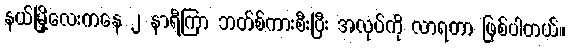
နယ်မြို့လေးကနေ ၂ နာရီကြာ ဘတ်စ်ကားစီးပြီး အလုပ်ကို လာရတာ ဖြစ်ပါတယ်။